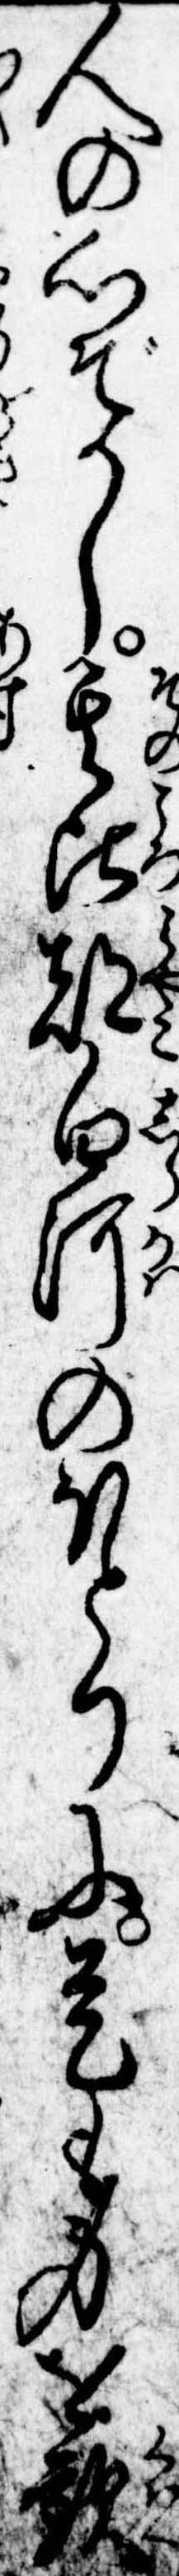
人の心ぞかし其頃都白河のほとりに是も身を歓